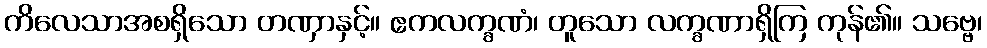
ကိလေသာအစရှိသော တဏှာနှင့်။ ဧကလက္ခဏံ၊ တူသော လက္ခဏာရှိကြ ကုန်၏။ သဗ္ဗေ၊